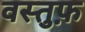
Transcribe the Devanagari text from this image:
वस्तुफ़